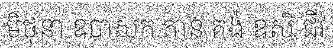
មិថុនា ឧបាសក កាន់ គង់ ឧសិ ជីវ